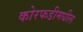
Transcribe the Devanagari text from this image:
कोरफडीमधील